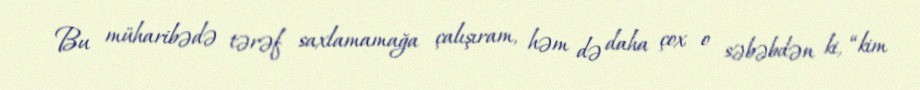
Bu müharibədə tərəf saxlamamağa çalışıram, həm də daha çox o səbəbdən ki, “kim